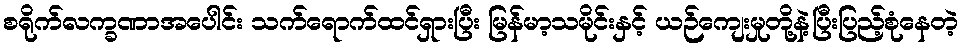
စရိုက်လက္ခဏာအပေါင်း သက်ရောက်ထင်ရှားပြီး မြန်မာ့သမိုင်းနှင့် ယဉ်ကျေးမှုတို့နဲ့ပြီးပြည့်စုံနေတဲ့